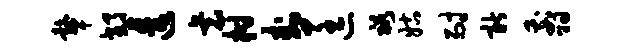
鼙郊透衰柑卦匡裕姑耐新翦